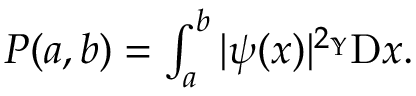
\begin{array} { r } { P ( a , b ) = \int _ { a } ^ { b } | \psi ( x ) | ^ { 2 _ { \mathbb { Y } } } { \textrm D } x . } \end{array}